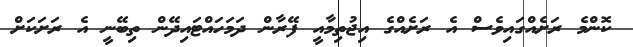
ކޮންމެ ރަށެއްގައިވެސް އެ ރަށެއްގެ އިޖުތިމާއީ ފޭރާން ދަމަހައްޓައިދޭން ތިބޭނީ އެ ރަށަކަށް